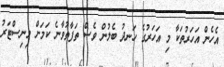
އެހެން އަހަރުތަކާ މި އަހަރުގެ ހަނދު ބެލުން ވެސް ތަފާތުވާނެ ކަމަށް މިނިސްޓަރު